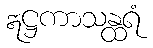
ဣဋ္ဌကာသန္ထရံ